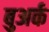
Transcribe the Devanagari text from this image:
बुअर्क